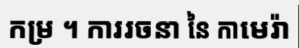
កម្រ ។ ការរចនា នៃ កាមេរ៉ា